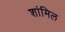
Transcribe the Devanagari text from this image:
शांमिल